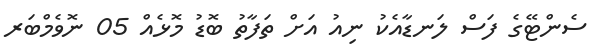
ސެންޓޭގެ ފަސް ލަނޑާއެކު ނިއު އަށް ތަފާތު ބޮޑު މޮޅެއް 05 ނޮވެމްބަރ